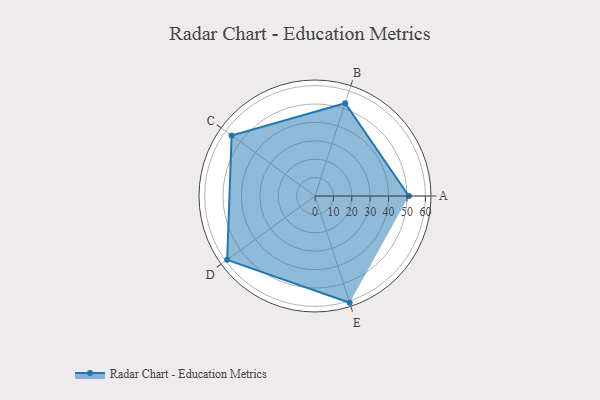
{"axis": {"x": "Skill", "y": "Score"}, "legend": ["Profile"], "data": [{"x": "A", "y": 51.0, "type": "Profile"}, {"x": "B", "y": 53.0, "type": "Profile"}, {"x": "C", "y": 56.0, "type": "Profile"}, {"x": "D", "y": 59.0, "type": "Profile"}, {"x": "E", "y": 61.0, "type": "Profile"}]}